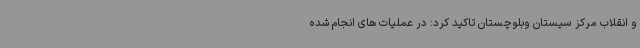
و انقلاب مرکز سیستان وبلوچستان تاکید کرد: در عملیات های انجام شده